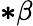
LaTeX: \boldsymbol{*}\beta